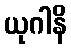
ယုဂါနိ